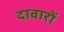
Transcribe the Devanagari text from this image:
दावारों